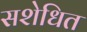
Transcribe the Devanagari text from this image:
सशेधित